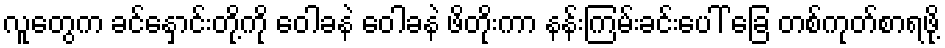
လူတွေက ခင်နှောင်းတို့ကို ဝေါခနဲ ဝေါခနဲ ဖိတိုးကာ နန်းကြမ်းခင်းပေါ် ခြေ တစ်ကုတ်စာရဖို့